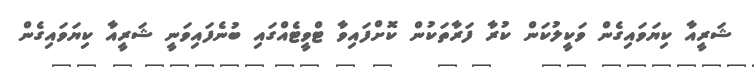
ޝަރީއާ ކިޔަވައިގެން ވަކީލުކަން ކުރާ ފަރާތަކުން ކޮށްފައިވާ ޓްވީޓެއްގައި ބުނެފައިވަނީ ޝަރީއާ ކިޔަވައިގެން